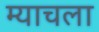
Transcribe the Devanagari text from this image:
म्याचला